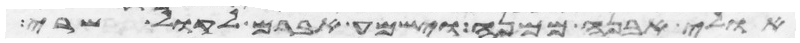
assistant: אולי אבנה ממנה וישמע אברם לקול שרי